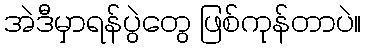
အဲဒီမှာရန်ပွဲတွေ ဖြစ်ကုန်တာပဲ။